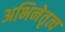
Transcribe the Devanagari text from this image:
अभिनेतृत्व